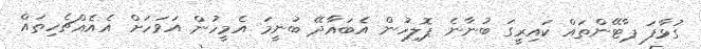
ގުޅާފަ ޕާޓޭންތައް ކައިރީގަ ބުނާނެ ޕޮލިހުން އެބައާދޭ ބުނީމަ އެމީހުން އަވަހަށް އެއެއްޗެހިތައް